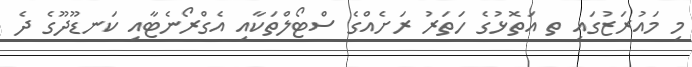
މި މައުރަޒުގައި ތ އަތޮޅުގެ ހަތަރު ރަށެއްގެ ސްޓޯލްތަކާއި އެގްރޯނެޓާއި ކަނޑޫދޫގެ ދެ